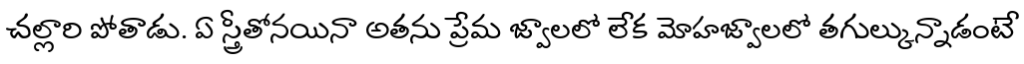
చల్లారి పోతాడు. ఏ స్త్రీతోనయినా అతను ప్రేమ జ్వాలలో లేక మోహజ్వాలలో తగుల్కున్నాడంటే